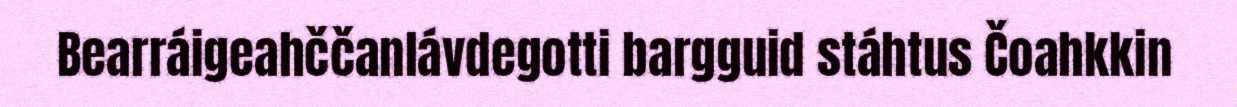
Bearráigeahččanlávdegotti bargguid stáhtus Čoahkkin